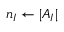
n _ { I } \leftarrow \vert A _ { I } \vert